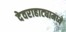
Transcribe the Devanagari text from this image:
देवराहाट्यामध्ये